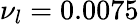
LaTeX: {\nu_{l}}=0.0075